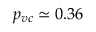
p _ { v c } \simeq 0 . 3 6